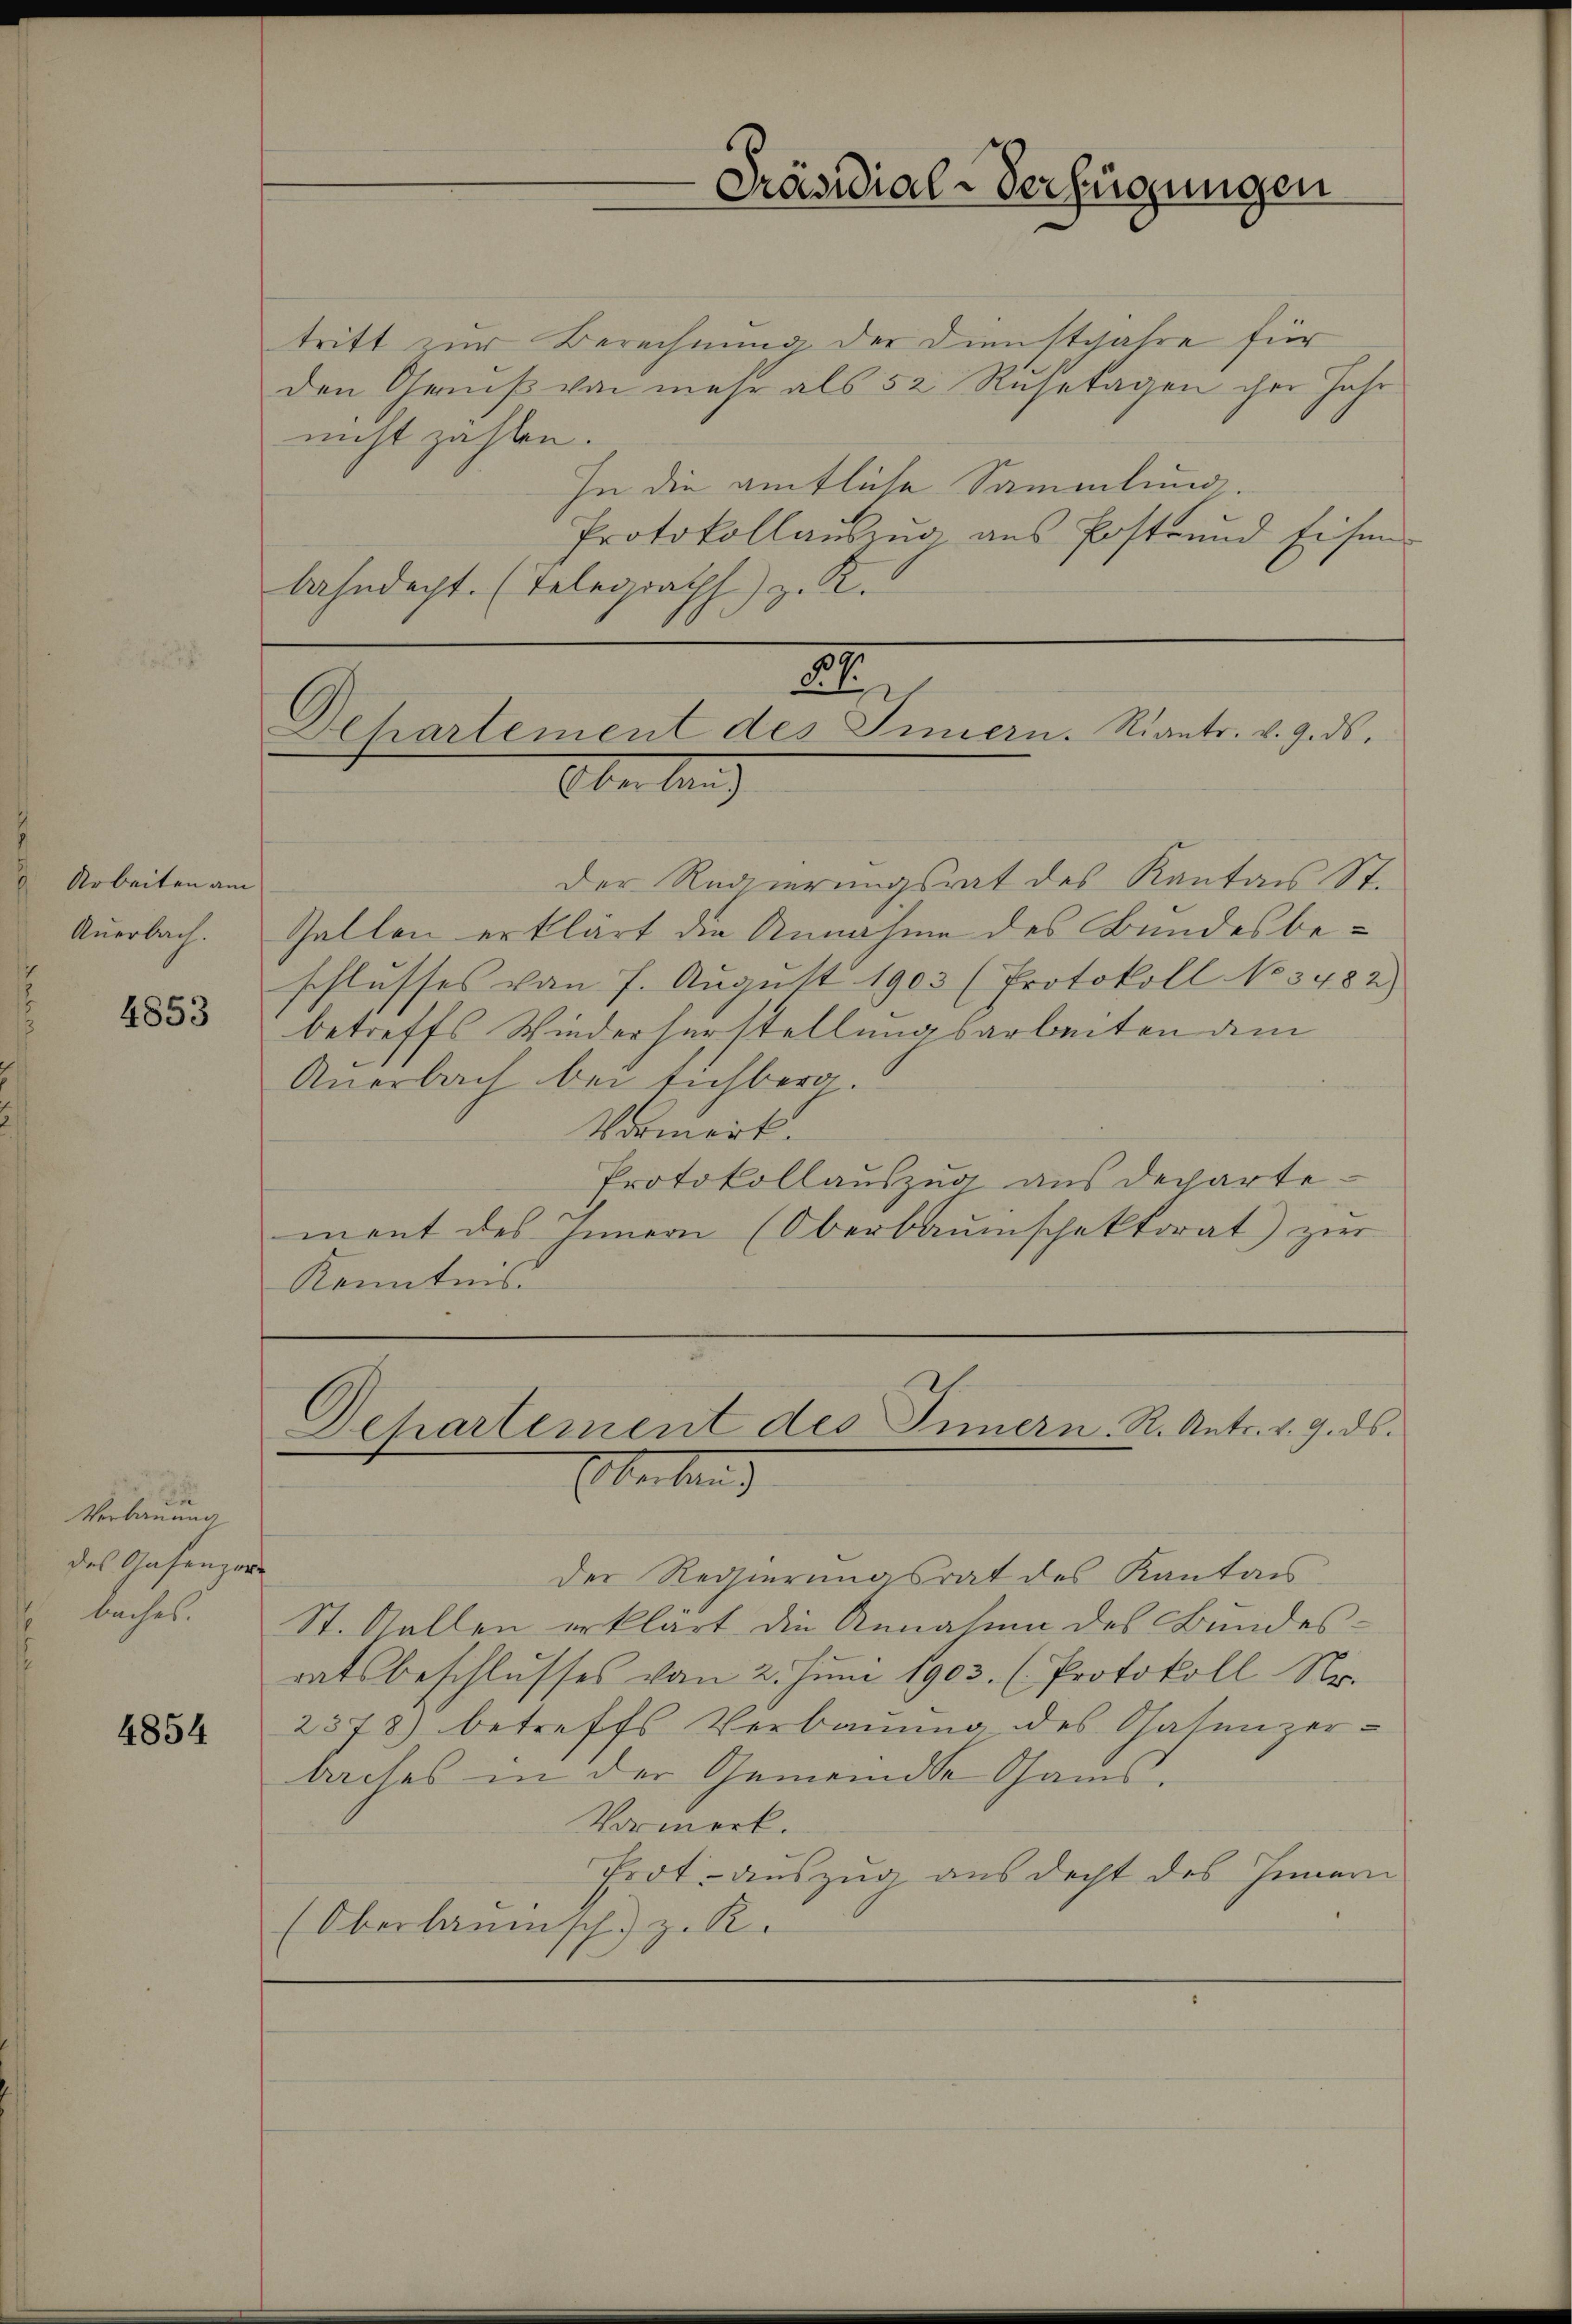
Arbeiten am
Anerbach.

4853

Verbauung
des Gasenzer
bachet.

4854

tritt zur Berechnung der Dienstjahre für
den Genuß von mehr als 52 Ruhetagen ihre Jahr
nicht zahlen.
In die amtliche Sammlung.
Protokollaŭszŭg ans Postrund Eisen-
bahndacht. (Telegraths) z. R.

Der Regierungsrat des Kanton St.
Zellen erklärt die Annahme des Bundesbeschlusses von 7. Aŭgŭst 1903 (Protokoll No 3482)
betreffs Wiederherstellungsarbeiten am
Anerbach bei richberg
Vormerk.
Protokollauszug aus derartement des Innern (Oberbauinschaktorat) zur
Kenntnis.

Präsidial-Verfügungen

Al
Dehartement des Innern. Riantr. v. 9. ds.
Aber beid

Departement des Innern. R. Antr. v. 9. ds.
Ekerband

Der Regierungsrat des Kanton
St. Gallen erklärt die Annahme des Bundes-
ratsbeschlusses vom 2. Juni 1903. (Protokoll No
2578) betreffs Verbauung des Chasenzer-
baches in der Gemeinde Gams.
Vormerk.
Prot. auszug aus decht des Innern
(Oberlaumsch) z. R.